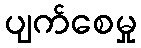
ပျက်စေမှု